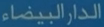
الدار البيضاء